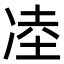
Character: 㓐